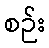
စဉ်း